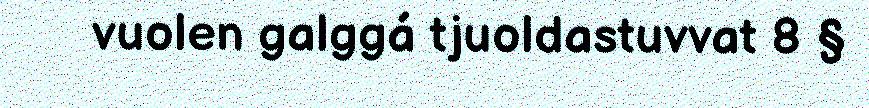
vuolen galggá tjuoldastuvvat 8 §